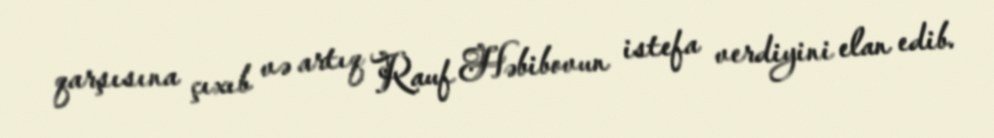
qarşısına çıxıb və artıq Rauf Həbibovun istefa verdiyini elan edib.